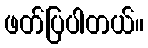
ဖတ်ပြပါတယ်။